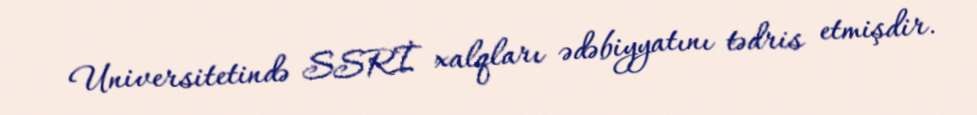
Universitetində SSRİ xalqları ədəbiyyatını tədris etmişdir.